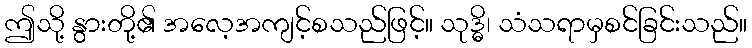
ဤသို့ နွားတို့၏ အလေ့အကျင့်စသည်ဖြင့်။ သုဒ္ဓိ၊ သံသရာမှစင်ခြင်းသည်။